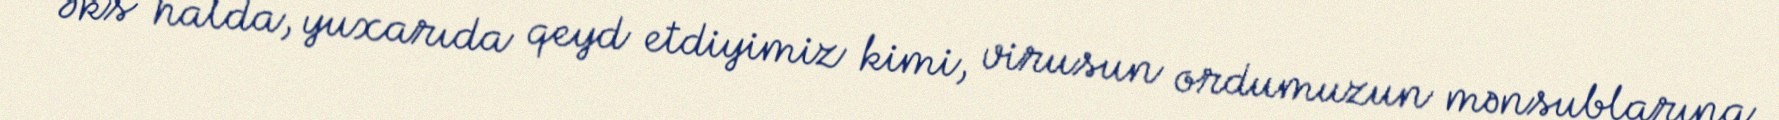
Əks halda, yuxarıda qeyd etdiyimiz kimi, virusun ordumuzun mənsublarına